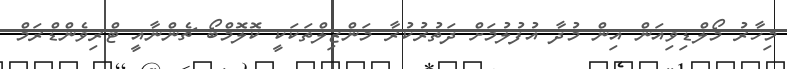
މިހާރު މޯލްޑިވިއަން އިން މުދާ އުފުލުމަށް ދަތުރުކުރާ މަންޒިލްތަކަކީ ކޮލޮމްބޯ ޗެންނާއީ ޓްރިވެންޑްރަމް